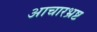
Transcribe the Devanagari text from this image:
आचारभ्रष्ट